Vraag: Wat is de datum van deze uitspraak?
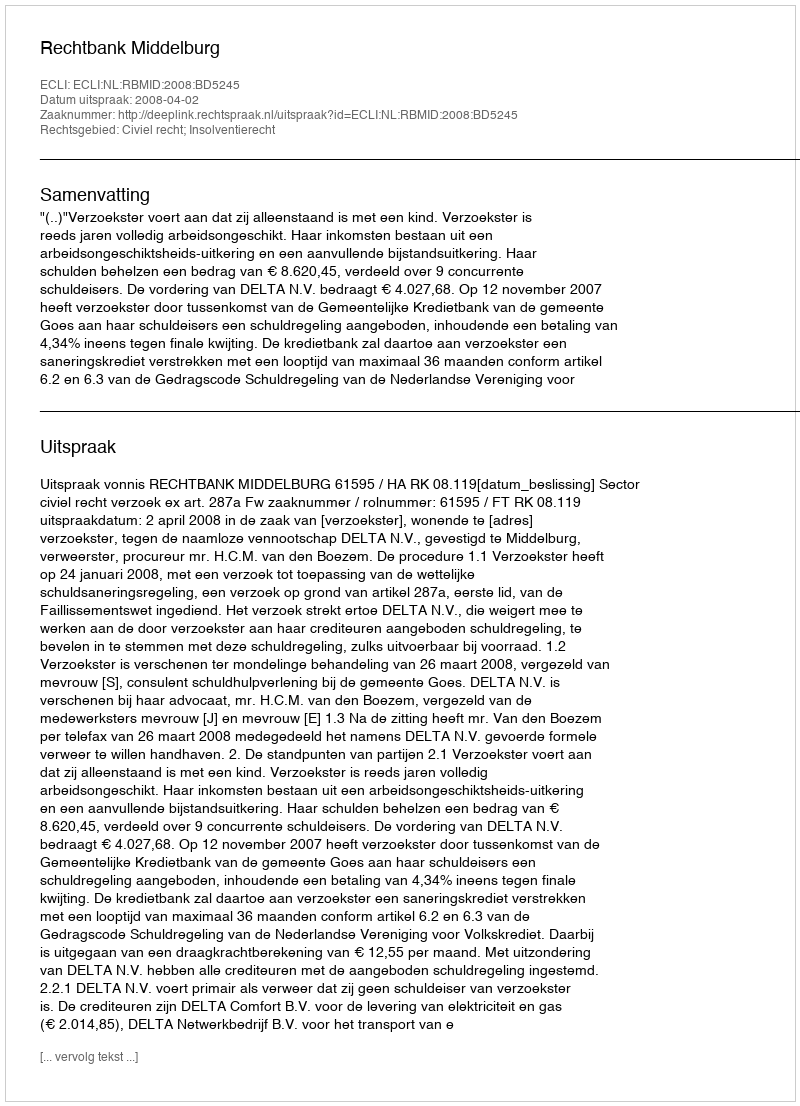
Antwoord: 2008-04-02